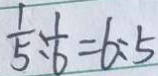
\frac { 1 } { 5 } : \frac { 1 } { 6 } = 6 : 5